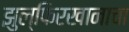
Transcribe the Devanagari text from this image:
झुल्फिरखानाचा